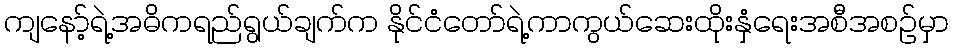
ကျနော့်ရဲ့အဓိကရည်ရွယ်ချက်က နိုင်ငံတော်ရဲ့ကာကွယ်ဆေးထိုးနှံရေးအစီအစဉ်မှာ